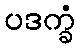
ပဒက္ခံ